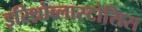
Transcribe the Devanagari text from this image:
इरिथ्रोब्लास्टोसिस